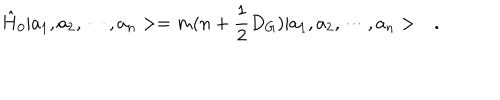
LaTeX: \hat { H } _ { 0 } | a _ { 1 } , a _ { 2 } , \cdots , a _ { n } > = m ( n + \frac { 1 } { 2 } D _ { G } ) | a _ { 1 } , a _ { 2 } , \cdots , a _ { n } > \ \ \ .